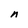
Character: n